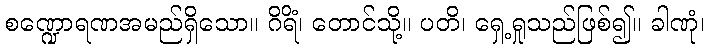
စဏ္ဍောရဏအမည်ရှိသော။ ဂိရိံ၊ တောင်သို့။ ပတိ၊ ရှေ့ရှုသည်ဖြစ်၍။ ခါဏုံ၊